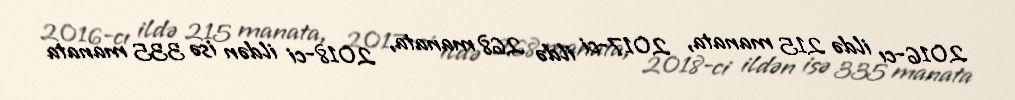
2016-cı ildə 215 manata, 2017-ci ildə 268 manata, 2018-ci ildən isə 335 manata